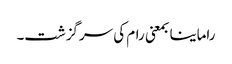
راماینا بمعنی رام کی سرگزشت۔